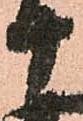
十